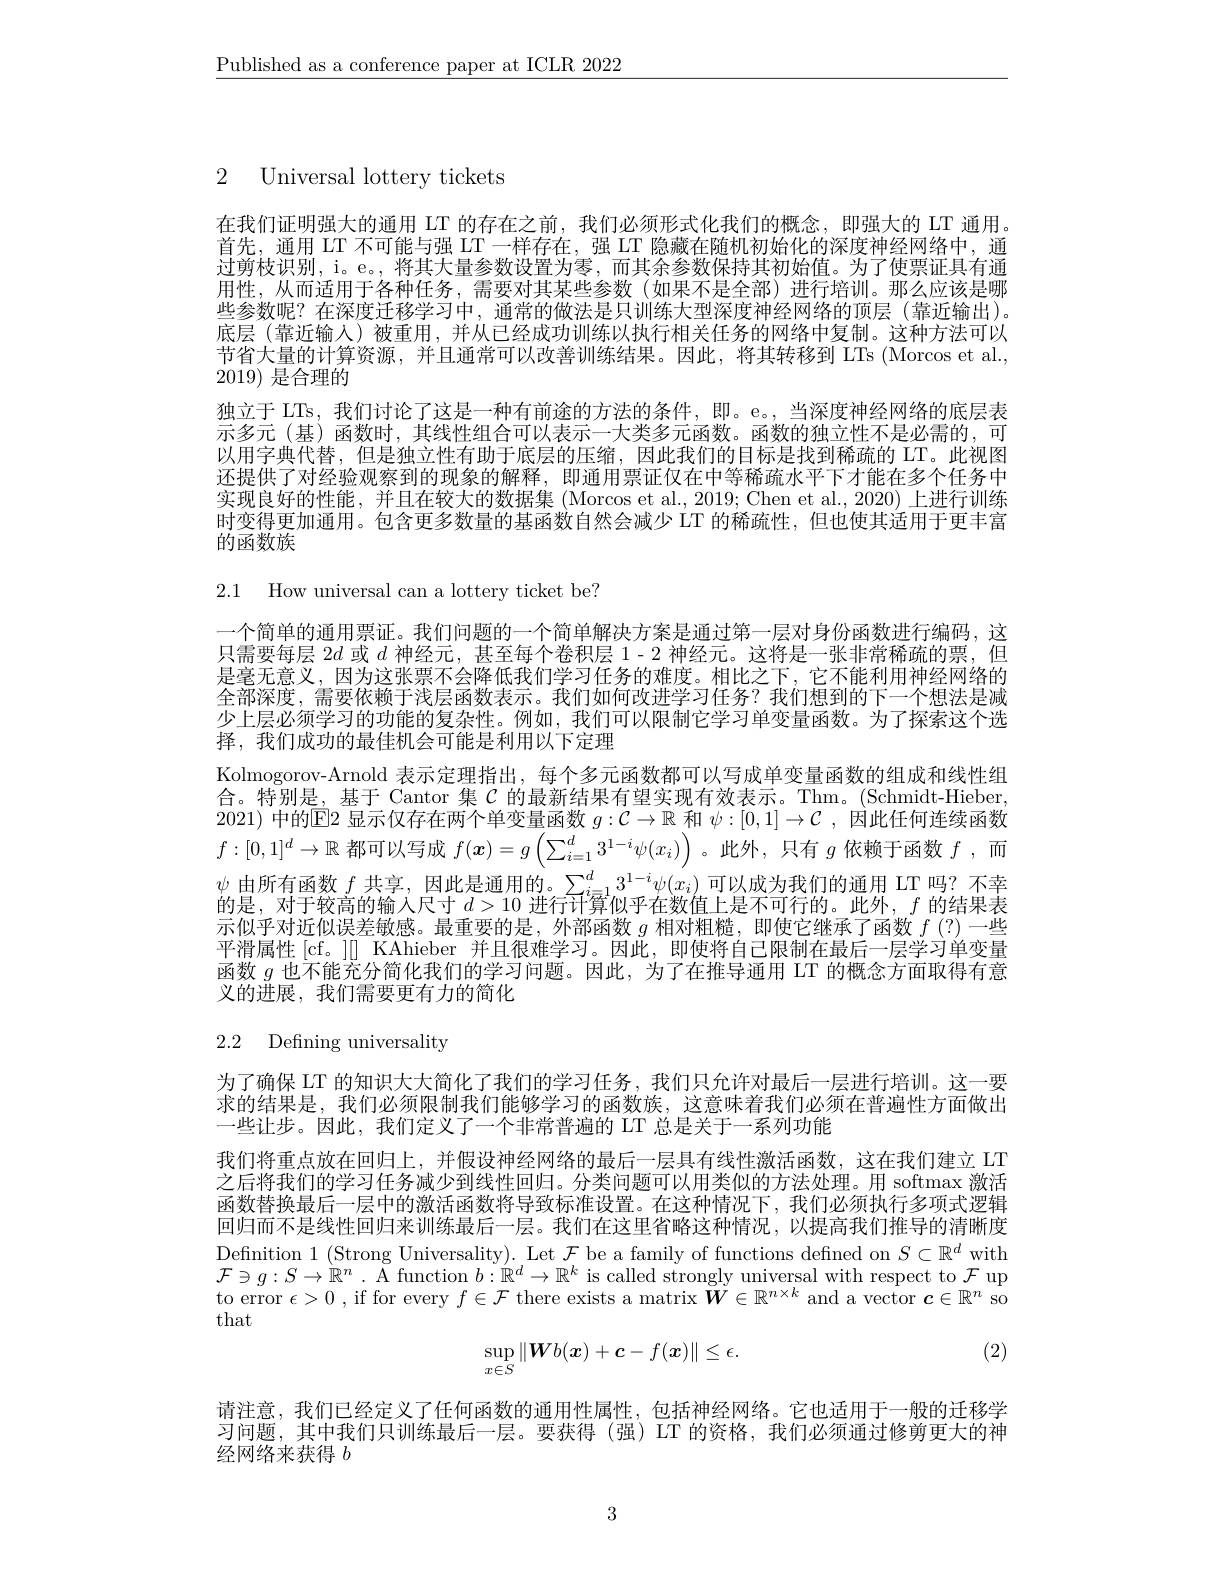
$\underline{\text{Published as a conference paper at ICLR 2022}}$

2 Universal lottery tickets

在我们证明强大的通用 LT 的存在之前，我们必须形式化我们的概念，即强大的 LT 通用首先，通用 LT 不可能与强 LT 一样存在 , 强 LT 隐藏在随机初始化的深度神经网络中，通过剪枝识别，i。e。,将其大量参数设置为零，而其余参数保持其初始值。为了使票证具有通用性，从而适用于各种任务，需要对其某些参数(如果不是全部)进行培训。那么应该是哪些参数呢？在深度迁移学习中，通常的做法是只训练大型深度神经网络的顶层 (靠近输出)。底层(靠近输人)被重用，并从已经成功训练以执行相关任务的网络中复制。这种方法可以节省大量的计算资源，并且通常可以改善训练结果。因此，将其转移到 LTs (Morcos et al., 2019)是合理的
独立于 LTs, 我们讨论了这是一种有前途的方法的条件，即。e。,当深度神经网络的底层表示多元(基)函数时，其线性组合可以表示一大类多元函数。函数的独立性不是必需的，可以用字典代替，但是独立性有助于底层的压缩，因此我们的目标是找到稀疏的 LT。此视图还提供了对经验观察到的现象的解释，即通用票证仅在中等稀疏水平下才能在多个任务中实现良好的性能，并且在较大的数据集 (Morcos et al., 2019; Chen et al., 2020) 上进行训练时变得更加通用。包含更多数量的基函数自然会减少 LT 的稀疏性，但也使其适用于更丰富的函数族

2.1 How universal can a lottery ticket be?

一个简单的通用票证。我们问题的一个简单解决方案是通过第一层对身份函数进行编码，这只需要每层 2$d$或$d$神经元，甚至每个卷积层 1- 2 神经元。这将是一张非常稀疏的票，但是毫无意义，因为这张票不会降低我们学习任务的难度。相比之下，它不能利用神经网络的全部深度，需要依赖于浅层函数表示。我们如何改进学习任务？我们想到的下一个想法是减少上层必须学习的功能的复杂性。例如，我们可以限制它学习单变量函数。为了探索这个选择，我们成功的最佳机会可能是利用以下定理
Kolmogorov-Arnold 表示定理指出，每个多元函数都可以写成单变量函数的组成和线性组合。特别是，基于 Cantor 集$\mathcal{C}$的最新结果有望实现有效表示。Thm。(Schmidt-Hieber, 2021)中的$\mathbb{E}$2 显示仅存在两个单变量函数$g:\mathcal{C}\to\mathbb{R}$和$\psi:[0,1]\to\mathcal{C}$ ,因此任何连续函数$f:[0,1]^d\to\mathbb{R}$都可以写成$f(x)=g\left(\sum_i=1^d3^{1-i}\psi(x_i)\right)$ 。此外，只有$g$依赖于函数$f$ ,而$\psi$由所有函数$f$共享，因此是通用的。$\sum_i=1^d3^{1-i}\psi(x_i)$可以成为我们的通用 LT 吗？不幸的是，对于较高的输入尺寸$d>10$进行计算似乎在数值上是不可行的。此外，$f$的结果表示似乎对近似误差敏感。最重要的是，外部函数$g$相对粗糙，即使它继承了函数$f(?)$一些平滑属性 [cf。]] KAhieber 并且很难学习。因此，即使将自己限制在最后一层学习单变量函数$g$也不能充分简化我们的学习问题。因此，为了在推导通用 LT 的概念方面取得有意义的进展，我们需要更有力的简化

2.2 Defining universality

为了确保 LT 的知识大大简化了我们的学习任务，我们只允许对最后一层进行培训。这一要求的结果是，我们必须限制我们能够学习的函数族，这意味着我们必须在普遍性方面做出一些让步。因此，我们定义了一个非常普遍的 LT 总是关于一系列功能
我们将重点放在回归上，并假设神经网络的最后一层具有线性激活函数，这在我们建立 LT 之后将我们的学习任务减少到线性回归。分类问题可以用类似的方法处理。用 softmax 激活函数替换最后一层中的激活函数将导致标准设置。在这种情况下，我们必须执行多项式逻辑回归而不是线性回归来训练最后一层。我们在这里省略这种情况，以提高我们推导的清晰度Definition 1 (Strong Universality). Let $\mathcal{F}$ be a family of functions defined on $S\subset\mathbb{R}^d$ with $\mathcal{F}\ni g:S\to\mathbb{R}^n$ . A function $b:\mathbb{R}^d\to\mathbb{R}^k$ is called strongly universal with respect to $\mathcal{F}$ up to error $\epsilon>0$ , if for every $f\in\mathcal{F}$ there exists a matrix $\tilde{\boldsymbol{W}}\in\mathbb{R}^n\times k$ and a vector $\dot{\boldsymbol{c}}\in\mathbb{R}^n$ so that

(2)
$$\sup_{x\in S}\|\boldsymbol{W}b(\boldsymbol{x})+\boldsymbol{c}-f(\boldsymbol{x})\|\leq\epsilon.$$
请注意，我们已经定义了任何函数的通用性属性，包括神经网络。它也适用于一般的迁移学习问题，其中我们只训练最后一层。要获得(强)LT 的资格，我们必须通过修剪更大的神经网络来获得$b$

3